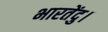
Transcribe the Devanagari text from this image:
भारतेंदु।